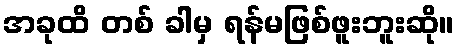
အခုထိ တစ် ခါမှ ရန်မဖြစ်ဖူးဘူးဆို။